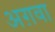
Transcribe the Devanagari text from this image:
अग़वा